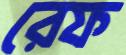
রেফ